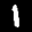
Label: 1